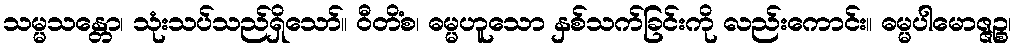
သမ္မသန္တော၊ သုံးသပ်သည်ရှိသော်။ ဝီတိံစ၊ ဓမ္မဟူသော နှစ်သက်ခြင်းကို လည်းကောင်း။ ဓမ္မပါမောဇ္ဇဉ္စ၊